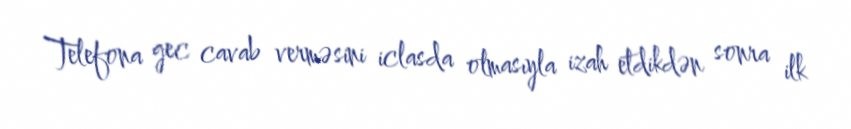
Telefona gec cavab verməsini iclasda olmasıyla izah etdikdən sonra ilk